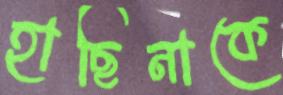
হাছিনাকে